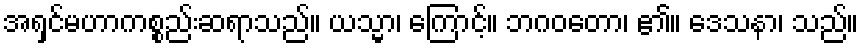
အရှင်မဟာကစ္စည်းဆရာသည်။ ယသ္မာ၊ ကြောင့်။ ဘဂဝတော၊ ၏။ ဒေသနာ၊ သည်။